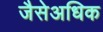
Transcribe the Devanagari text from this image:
जैसेअधिक